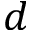
d